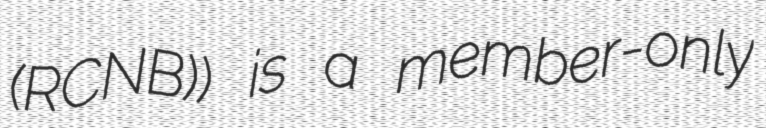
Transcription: (RCNB)) is a member-only